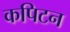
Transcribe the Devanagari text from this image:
कपिटन